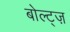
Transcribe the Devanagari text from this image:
बोल्ट्ज़